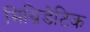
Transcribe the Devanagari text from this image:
मिथ्रिडेटिक